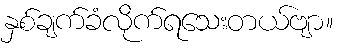
နှစ်ချက်ခံလိုက်ရသေးတယ်ဗျာ။